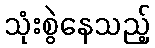
သုံးစွဲနေသည့်